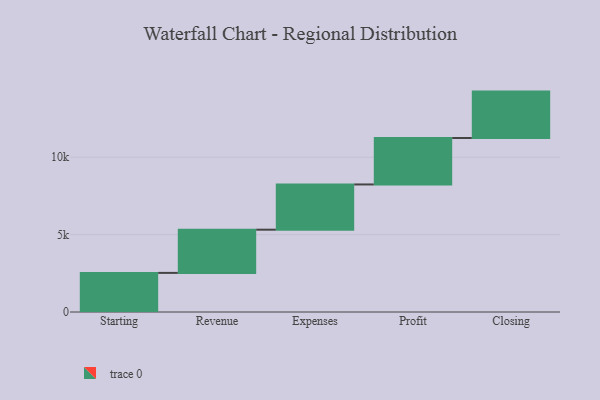
{"axis": {"x": "Step", "y": "Value"}, "legend": [""], "data": [{"x": "Starting", "y": 2527.0, "type": ""}, {"x": "Revenue", "y": 2792.0, "type": ""}, {"x": "Expenses", "y": 2924.0, "type": ""}, {"x": "Profit", "y": 3000, "type": ""}, {"x": "Closing", "y": 3000, "type": ""}]}